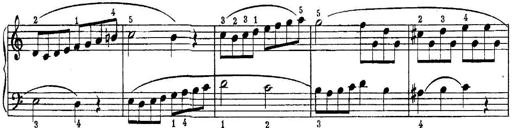
Title: Quatres sonatines
Composer: Tadeusz Joteyko